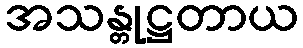
အသန္တုဋ္ဌတာယ